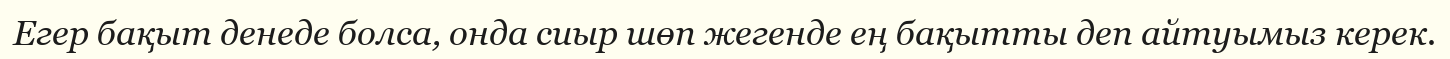
Егер бақыт денеде болса, онда сиыр шөп жегенде ең бақытты деп айтуымыз керек.